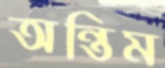
অন্তিম